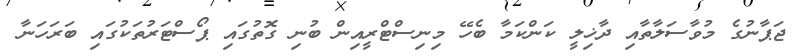
ޖަޕާނުގެ މުވާސަލާތާއި ދާޚިލީ ކަންކަމާ ބެހޭ މިނިސްޓްރީއިން ބުނި ގޮތުގައި ޕޯސްޓަރުތަކުގައި ބަރަހަނާ